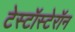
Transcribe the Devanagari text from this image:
टेस्टॉस्टेरॉन